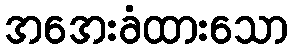
အအေးခံထားသော